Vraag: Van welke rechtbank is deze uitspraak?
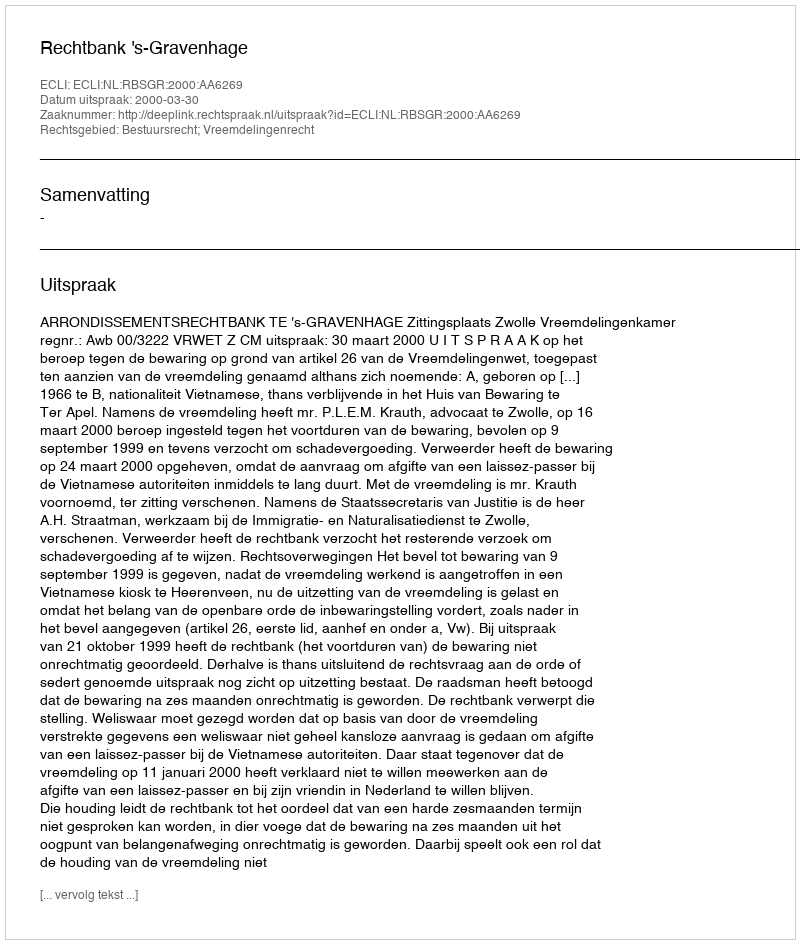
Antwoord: Rechtbank 's-Gravenhage